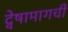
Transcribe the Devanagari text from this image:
द्वेषामागची